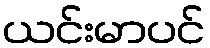
ယင်းမာပင်